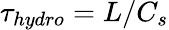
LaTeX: \tau_{hydro}=L/C_{s}